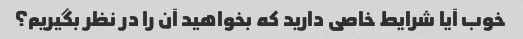
خوب آیا شرایط خاصی دارید که بخواهید آن را در نظر بگیریم؟